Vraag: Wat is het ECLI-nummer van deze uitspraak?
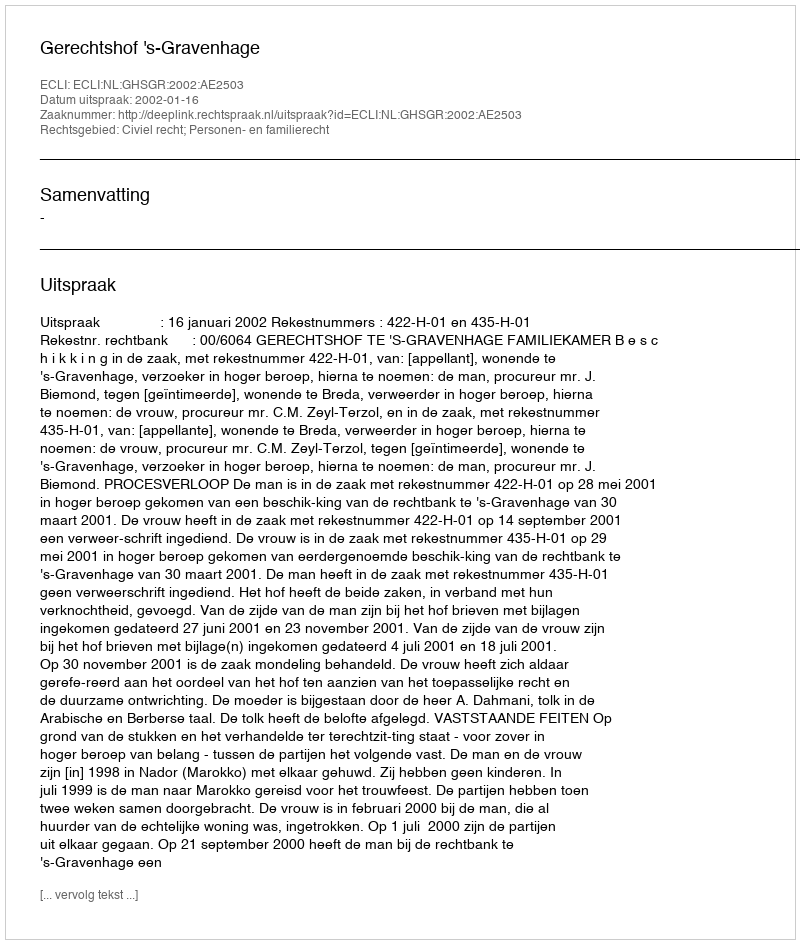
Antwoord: ECLI:NL:GHSGR:2002:AE2503